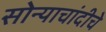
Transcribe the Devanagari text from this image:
सोन्याचांदीचे